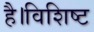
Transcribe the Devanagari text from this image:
है।विशिष्ट